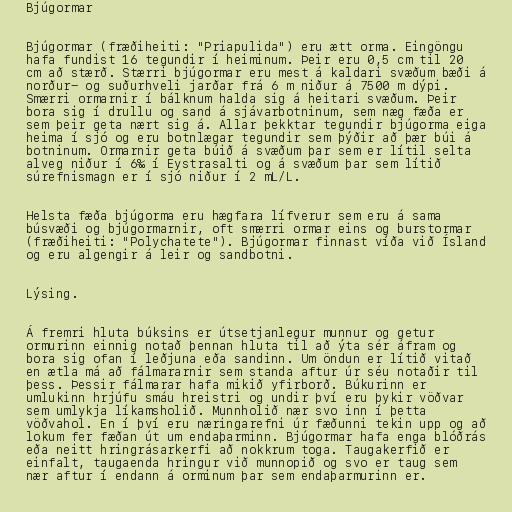
Bjúgormar

Bjúgormar (fræðiheiti: "Priapulida") eru ætt orma. Eingöngu
hafa fundist 16 tegundir í heiminum. Þeir eru 0,5 cm til 20
cm að stærð. Stærri bjúgormar eru mest á kaldari svæðum bæði á
norður- og suðurhveli jarðar frá 6 m niður á 7500 m dýpi.
Smærri ormarnir í bálknum halda sig á heitari svæðum. Þeir
bora sig í drullu og sand á sjávarbotninum, sem næg fæða er
sem þeir geta nært sig á. Allar þekktar tegundir bjúgorma eiga
heima í sjó og eru botnlægar tegundir sem þýðir að þær búi á
botninum. Ormarnir geta búið á svæðum þar sem er lítil selta
alveg niður í 6‰ í Eystrasalti og á svæðum þar sem lítið
súrefnismagn er í sjó niður í 2 mL/L.

Helsta fæða bjúgorma eru hægfara lífverur sem eru á sama
búsvæði og bjúgormarnir, oft smærri ormar eins og burstormar
(fræðiheiti: "Polychatete"). Bjúgormar finnast víða við Ísland
og eru algengir á leir og sandbotni.

Lýsing.

Á fremri hluta búksins er útsetjanlegur munnur og getur
ormurinn einnig notað þennan hluta til að ýta sér áfram og
bora sig ofan í leðjuna eða sandinn. Um öndun er lítið vitað
en ætla má að fálmararnir sem standa aftur úr séu notaðir til
þess. Þessir fálmarar hafa mikið yfirborð. Búkurinn er
umlukinn hrjúfu smáu hreistri og undir því eru þykir vöðvar
sem umlykja líkamsholið. Munnholið nær svo inn í þetta
vöðvahol. En í því eru næringarefni úr fæðunni tekin upp og að
lokum fer fæðan út um endaþarminn. Bjúgormar hafa enga blóðrás
eða neitt hringrásarkerfi að nokkrum toga. Taugakerfið er
einfalt, taugaenda hringur við munnopið og svo er taug sem
nær aftur í endann á orminum þar sem endaþarmurinn er.